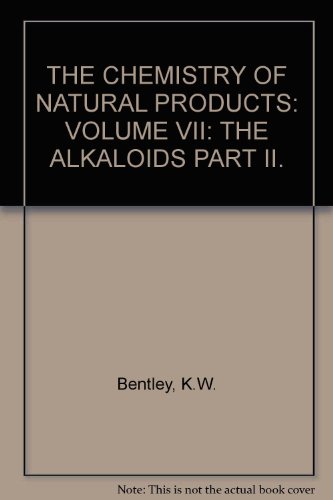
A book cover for The Alkaloids, Part II (The Chemistry of Natural Products, Volume VII); K. W. Bentley; Science & Math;